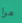
هوا